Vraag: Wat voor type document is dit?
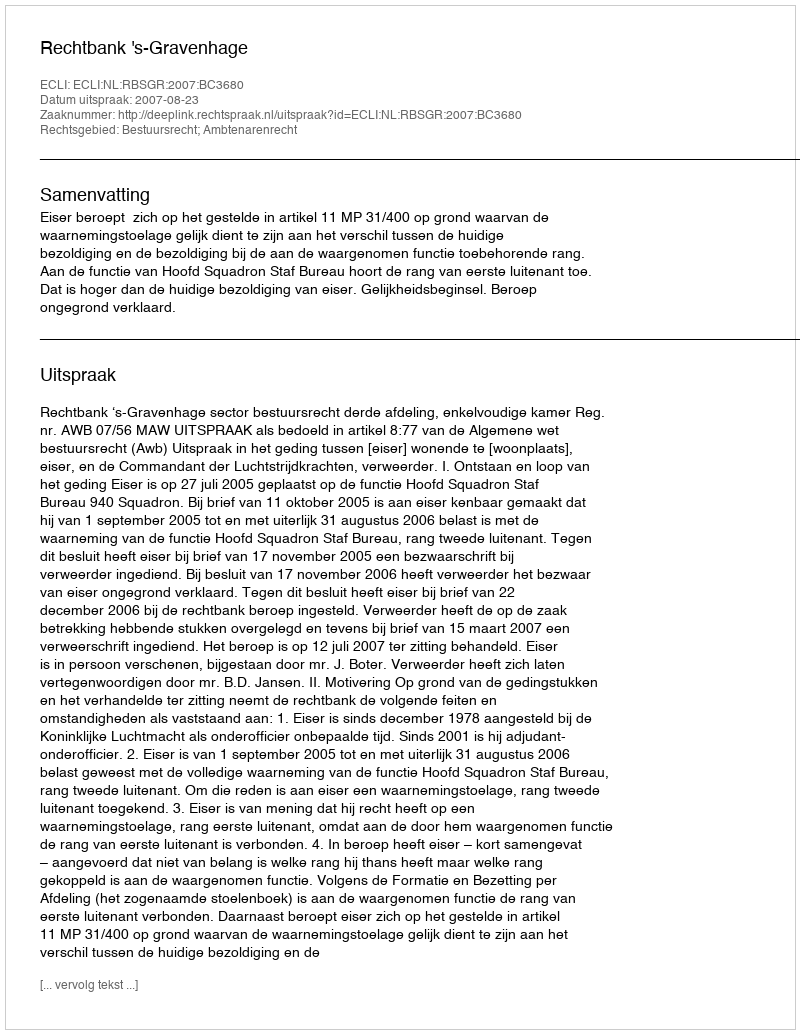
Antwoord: Uitspraak